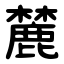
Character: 麓